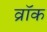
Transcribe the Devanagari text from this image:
व्रॉक